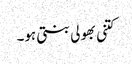
کتنی بھولی بنتی ہو۔